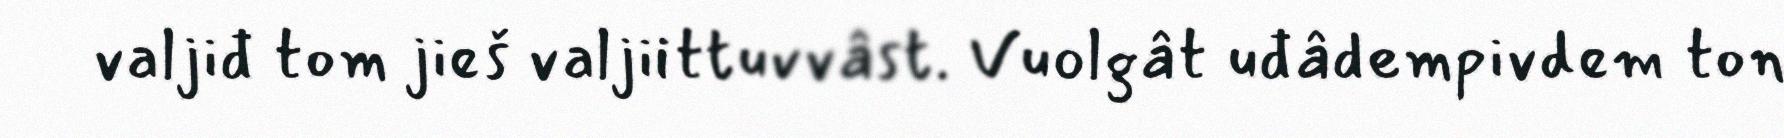
valjiđ tom jieš valjiittuvvâst. Vuolgât uđâdempivdem ton